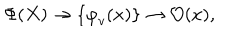
\Phi ( X ) \to \{ { \varphi } _ { v } ( x ) \} \to { \mathcal O } ( x ) ,